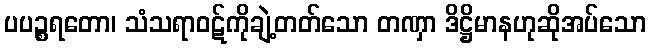
ပပဉ္စရတော၊ သံသရာဝဋ်ကိုချဲ့တတ်သော တဏှာ ဒိဋ္ဌိမာနဟုဆိုအပ်သော